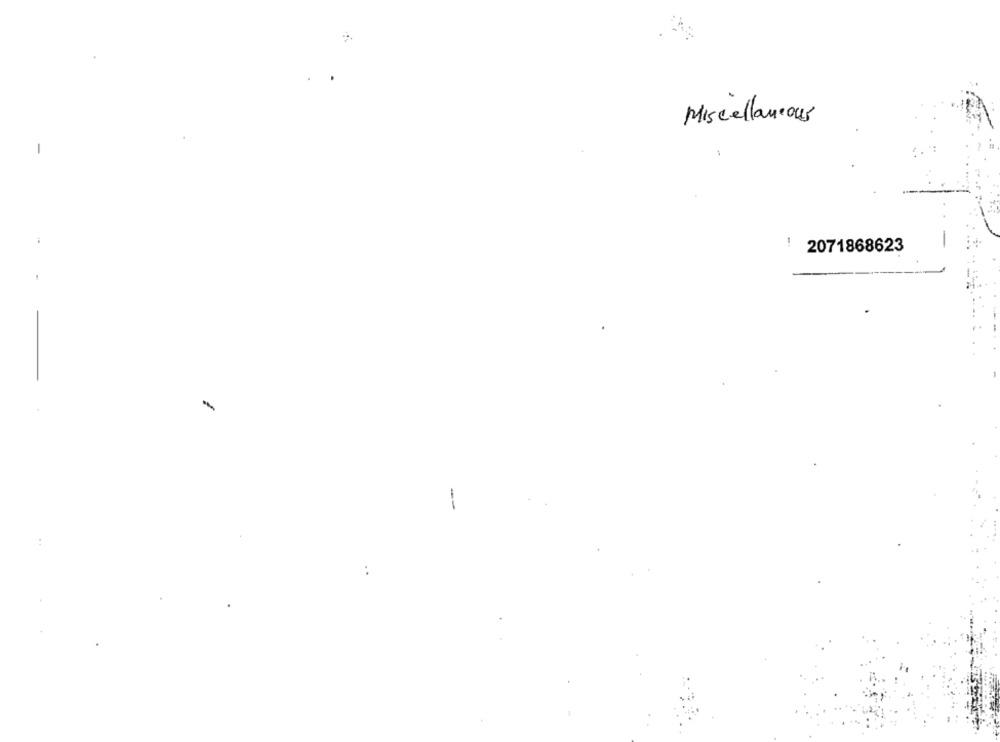
Miscellaneous
2071868623
--